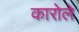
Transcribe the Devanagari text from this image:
कारोले